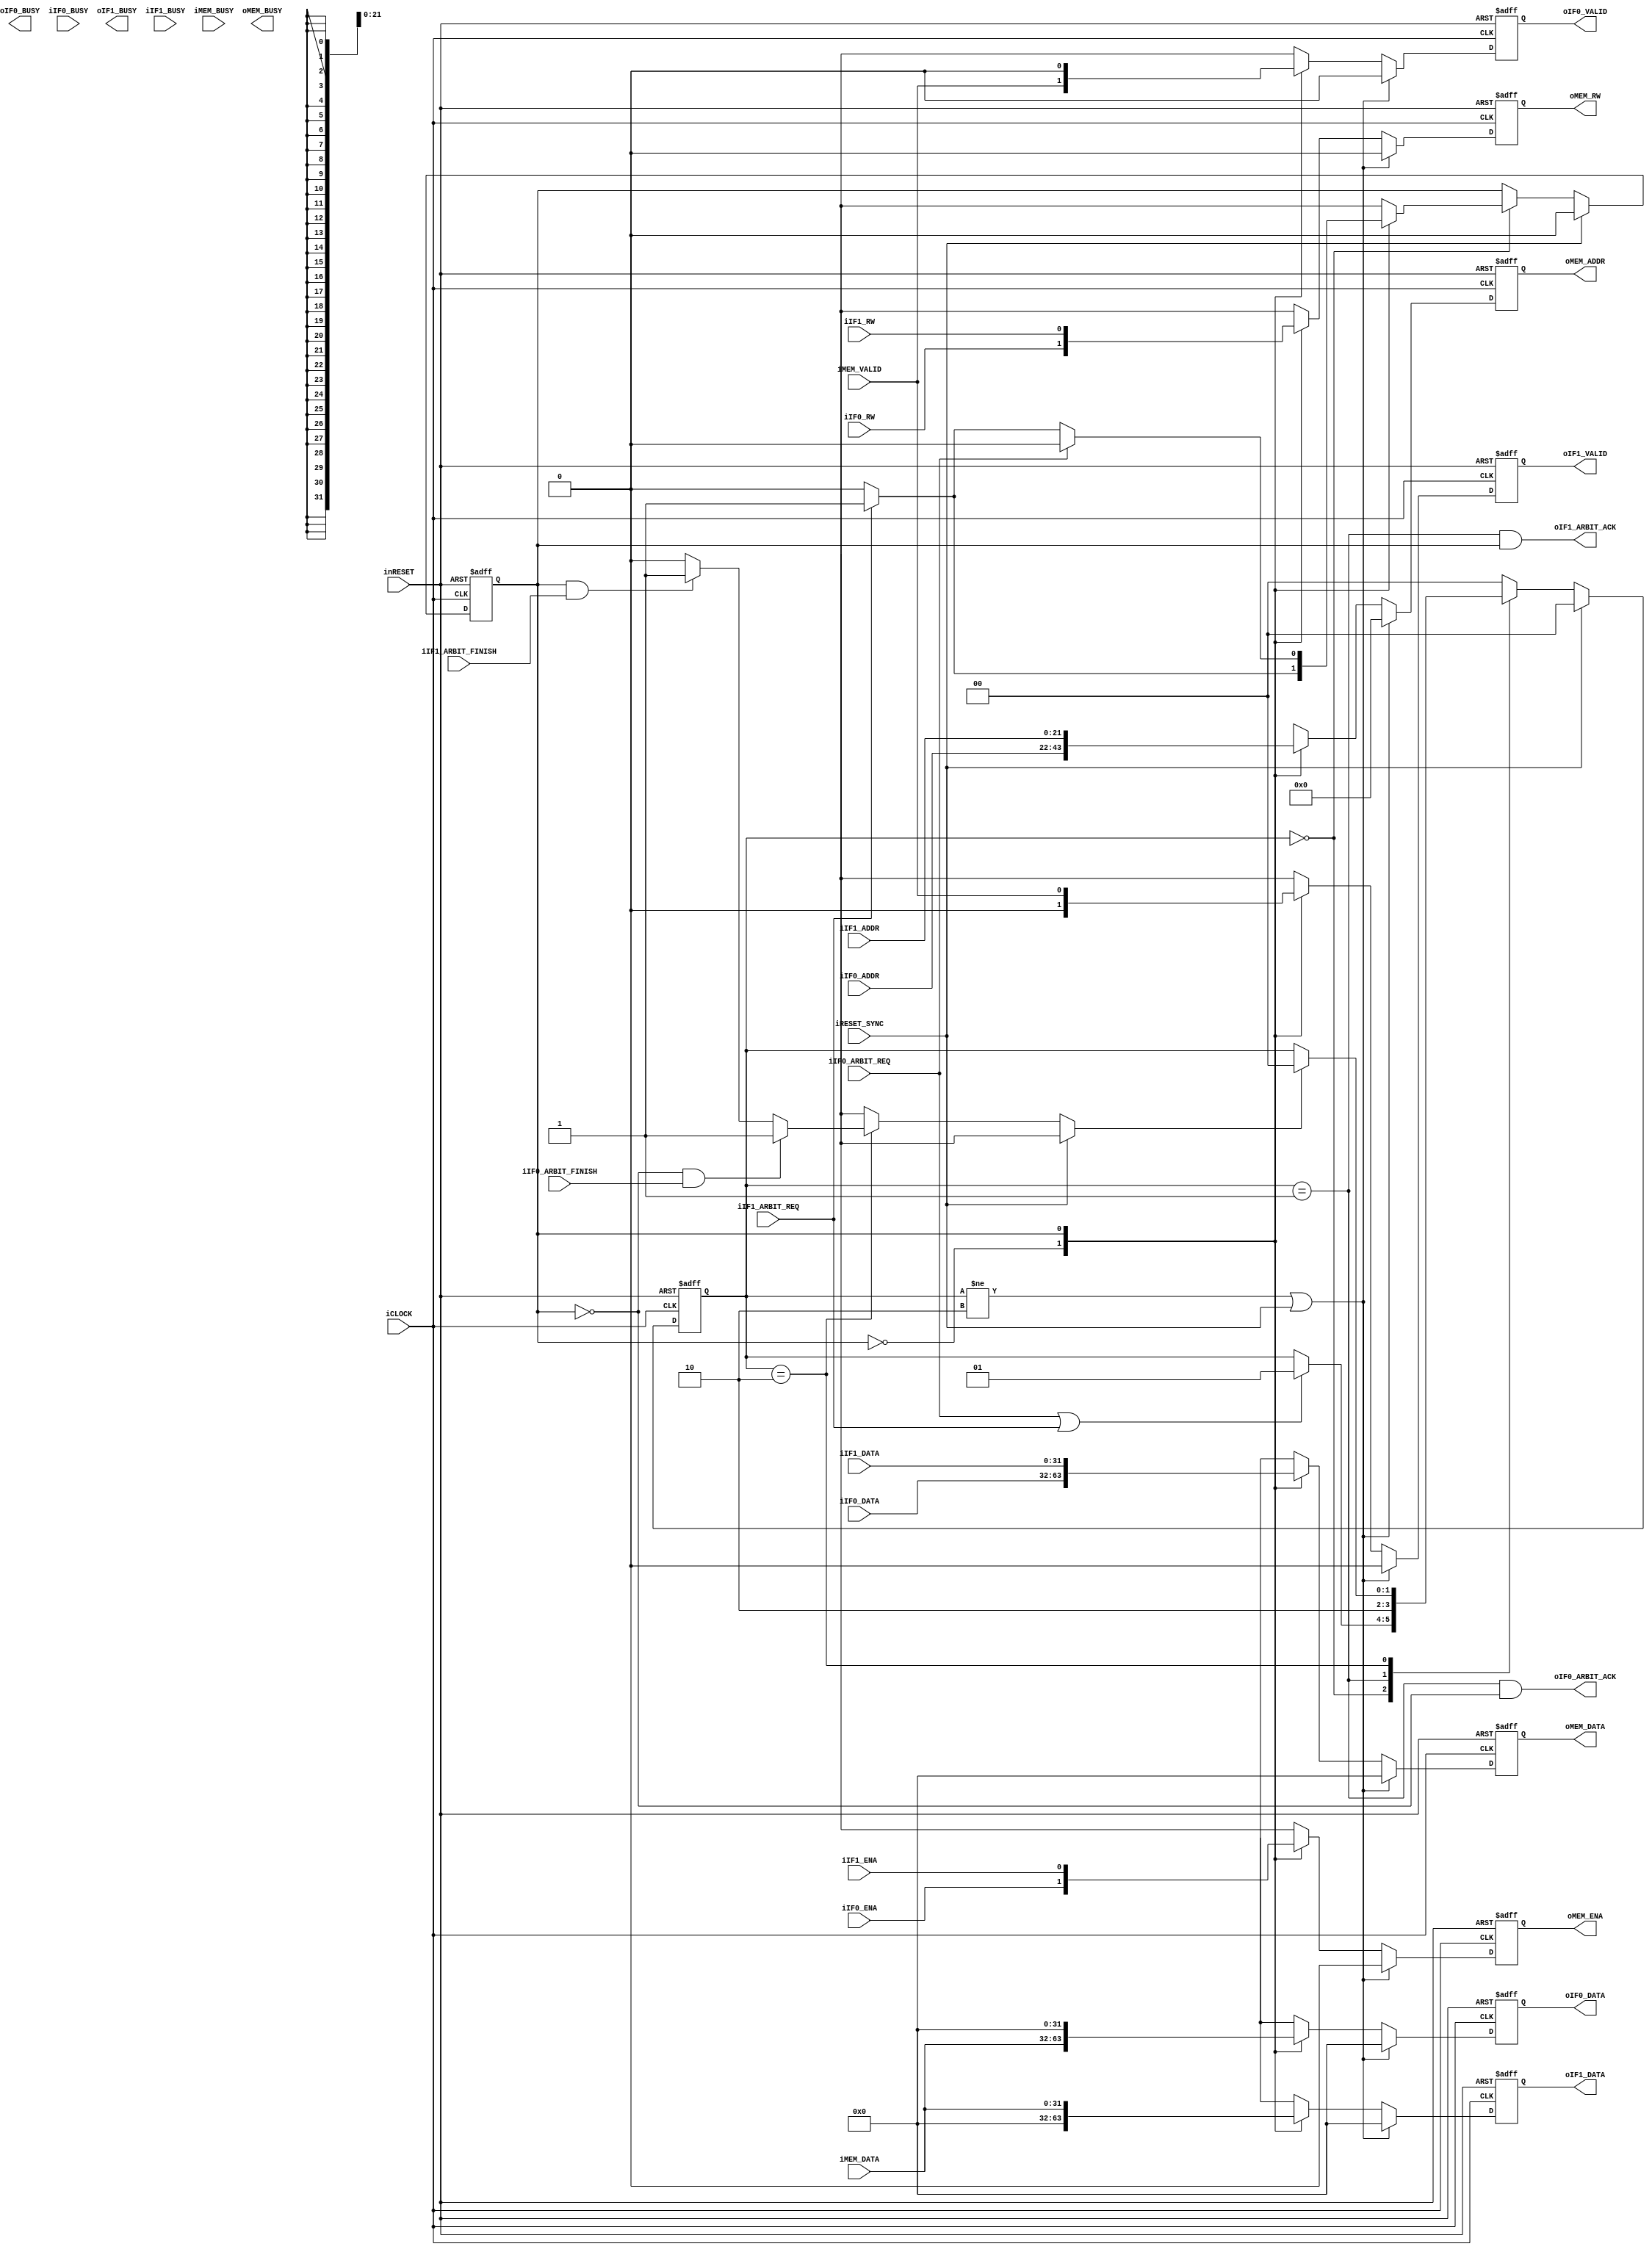
module memory_resource_controller #(
		parameter P_MEM_ADDR_N = 22
	)(
		input wire iCLOCK,
		input wire inRESET,
		input wire iRESET_SYNC,
		//IF0
		input wire iIF0_ARBIT_REQ,
		output wire oIF0_ARBIT_ACK,
		input wire iIF0_ARBIT_FINISH,
		input wire iIF0_ENA,
		output wire oIF0_BUSY,
		input wire iIF0_RW,
		input wire [P_MEM_ADDR_N-1:0] iIF0_ADDR,
		input wire [31:0] iIF0_DATA,
		output wire oIF0_VALID,
		input wire iIF0_BUSY,
		output wire [31:0] oIF0_DATA,
		//IF1
		input wire iIF1_ARBIT_REQ,
		output wire oIF1_ARBIT_ACK,
		input wire iIF1_ARBIT_FINISH,
		input wire iIF1_ENA,
		output wire oIF1_BUSY,
		input wire iIF1_RW,
		input wire [P_MEM_ADDR_N-1:0] iIF1_ADDR,
		input wire [31:0] iIF1_DATA,
		output wire oIF1_VALID,
		input wire iIF1_BUSY,
		output wire [31:0] oIF1_DATA,
		//Memory Controller
		output wire oMEM_ENA,
		input wire iMEM_BUSY,
		output wire oMEM_RW,
		output wire [P_MEM_ADDR_N-1:0] oMEM_ADDR,
		output wire [31:0] oMEM_DATA,
		input wire iMEM_VALID,
		output wire oMEM_BUSY,
		input wire [31:0] iMEM_DATA
	);
	
	localparam L_PARAM_STT_IDLE = 2'h0;
	localparam L_PARAM_STT_ACK = 2'h1;
	localparam L_PARAM_STT_WORK = 2'h2;
	
	reg [1:0] b_state;
	reg b_authority;
	
	always@(posedge iCLOCK or negedge inRESET)begin
		if(!inRESET)begin
			b_state <= L_PARAM_STT_IDLE;
		end
		else if(iRESET_SYNC)begin
			b_state <= L_PARAM_STT_IDLE;
		end
		else begin
			case(b_state)
				L_PARAM_STT_IDLE:
					begin
						if(iIF0_ARBIT_REQ || iIF1_ARBIT_REQ)begin
							b_state <= L_PARAM_STT_ACK;
						end
					end
				L_PARAM_STT_ACK:
					begin
						b_state <= L_PARAM_STT_WORK;
					end
				L_PARAM_STT_WORK:
					begin
						if(func_if_finish_check(b_authority, iIF0_ARBIT_FINISH, iIF1_ARBIT_FINISH))begin
							b_state <= L_PARAM_STT_IDLE;
						end
					end
				default:
					begin
						b_state <= L_PARAM_STT_IDLE;
					end
			endcase
		end
	end
	
	always@(posedge iCLOCK or negedge inRESET)begin
		if(!inRESET)begin
			b_authority <= 1'b0;
		end
		else if(iRESET_SYNC)begin
			b_authority <= 1'b0;
		end
		else begin
			if(b_state == L_PARAM_STT_IDLE)begin
				b_authority <= func_priority_encoder(b_authority, iIF0_ARBIT_REQ, iIF1_ARBIT_REQ);
			end
		end
	end
	
	function func_if_finish_check;
		input func_now;
		input func_if0_finish;
		input func_if1_finish;
		begin
			if(!func_now && func_if0_finish)begin
				func_if_finish_check = 1'b1;
			end
			else if(func_now && func_if1_finish)begin
				func_if_finish_check = 1'b1;
			end
			else begin
				func_if_finish_check = 1'b0;
			end
		end
	endfunction
	
	
	//Interface
	function func_priority_encoder;
		input func_now;
		input func_if0_req;
		input func_if1_req;
		begin
			case(func_now)
				1'b0:
					begin
						if(func_if1_req)begin
							func_priority_encoder = 1'b1;
						end
						else if(func_if0_req)begin
							func_priority_encoder = 1'b0;
						end
						else begin
							func_priority_encoder = 1'b0;
						end
					end
				1'b1:
					begin
						if(func_if0_req)begin
							func_priority_encoder = 1'b0;
						end
						else if(func_if1_req)begin
							func_priority_encoder = 1'b1;
						end
						
						else begin
							func_priority_encoder = 1'b0;
						end
					end
			endcase
		end
	endfunction
	
	
	reg b_if2mem_ena;
	reg b_if2mem_rw;
	reg [P_MEM_ADDR_N-1:0] b_if2mem_addr;
	reg [31:0] b_if2mem_data;
	reg b_mem2if0_valid;
	reg [31:0] b_mem2if0_data;
	reg b_mem2if1_valid;
	reg [31:0] b_mem2if1_data;
	
	
	always@(posedge iCLOCK or negedge inRESET)begin
		if(!inRESET)begin
			b_if2mem_ena <= 1'b0;
			b_if2mem_rw <= 1'b0;
			b_if2mem_addr <= {P_MEM_ADDR_N{1'b0}}; 
			b_if2mem_data <= 32'h0;
			b_mem2if0_valid <= 1'b0;
			b_mem2if0_data <= 32'h0;
			b_mem2if1_valid <= 1'b0;
			b_mem2if1_data <= 32'h0;
		end
		else if(b_state != L_PARAM_STT_WORK || iRESET_SYNC)begin
			b_if2mem_ena <= 1'b0;
			b_if2mem_rw <= 1'b0;
			b_if2mem_addr <= {P_MEM_ADDR_N{1'b0}}; 
			b_if2mem_data <= 32'h0;
			b_mem2if0_valid <= 1'b0;
			b_mem2if0_data <= 32'h0;
			b_mem2if1_valid <= 1'b0;
			b_mem2if1_data <= 32'h0;
		end
		else begin
			case(b_authority)
				1'b0:
					begin
						b_if2mem_ena <= iIF0_ENA;
						b_if2mem_rw <= iIF0_RW;
						b_if2mem_addr <= iIF0_ADDR; 
						b_if2mem_data <= iIF0_DATA;
						b_mem2if0_valid <= iMEM_VALID;
						b_mem2if0_data <= iMEM_DATA;
						b_mem2if1_valid <= 1'b0;
						b_mem2if1_data <= 32'h0;
					end
				1'b1:
					begin
						b_if2mem_ena <= iIF1_ENA;
						b_if2mem_rw <= iIF1_RW;
						b_if2mem_addr <= iIF1_ADDR; 
						b_if2mem_data <= iIF1_DATA;
						b_mem2if0_valid <= 1'b0;
						b_mem2if0_data <= 32'h0;
						b_mem2if1_valid <= iMEM_VALID;
						b_mem2if1_data <= iMEM_DATA;
					end
			endcase
		end
	end
	
	assign oIF0_ARBIT_ACK = (b_state == L_PARAM_STT_ACK) && !b_authority;
	assign oIF1_ARBIT_ACK = (b_state == L_PARAM_STT_ACK) && b_authority;

	assign oIF0_VALID = b_mem2if0_valid;
	assign oIF0_DATA = b_mem2if0_data;
	assign oIF1_VALID = b_mem2if1_valid;
	assign oIF1_DATA = b_mem2if1_data;
	
	assign oMEM_ENA = b_if2mem_ena;
	assign oMEM_RW = b_if2mem_rw;
	assign oMEM_ADDR = b_if2mem_addr;
	assign oMEM_DATA = b_if2mem_data;
	
	
endmodule